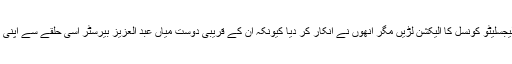
١٩٢٣ء کے صوبائی انتخابات کے موقع پر اقبال سے اصرار کیا گیا کہ لیجسلیٹو کونسل کا الیکشن لڑیں مگر انھوں نے انکار کر دیا کیونکہ ان کے قریبی دوست میاں عبد العزیز بیرسٹر اسی حلقے سے اپنی امیدواری کا اعلان کرچکے تھے جو اقبال کے لیے تجویز کیا جا رہا تھا۔